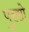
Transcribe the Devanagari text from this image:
पुस्सो